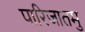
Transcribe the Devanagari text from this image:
पारिजातमु